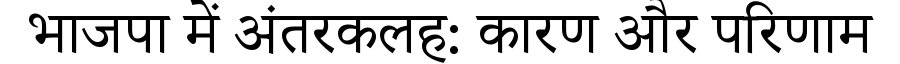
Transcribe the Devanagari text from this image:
भाजपा में अंतरकलह: कारण और परिणाम